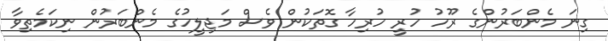
ގިނަ މެންބަރުންގެ ރޫހު ހުރީ ހުރިހާ ގޮތަކުން ވެސް މަޖިލީހުގެ މެންބަރުން ނިކަމެތިވާ